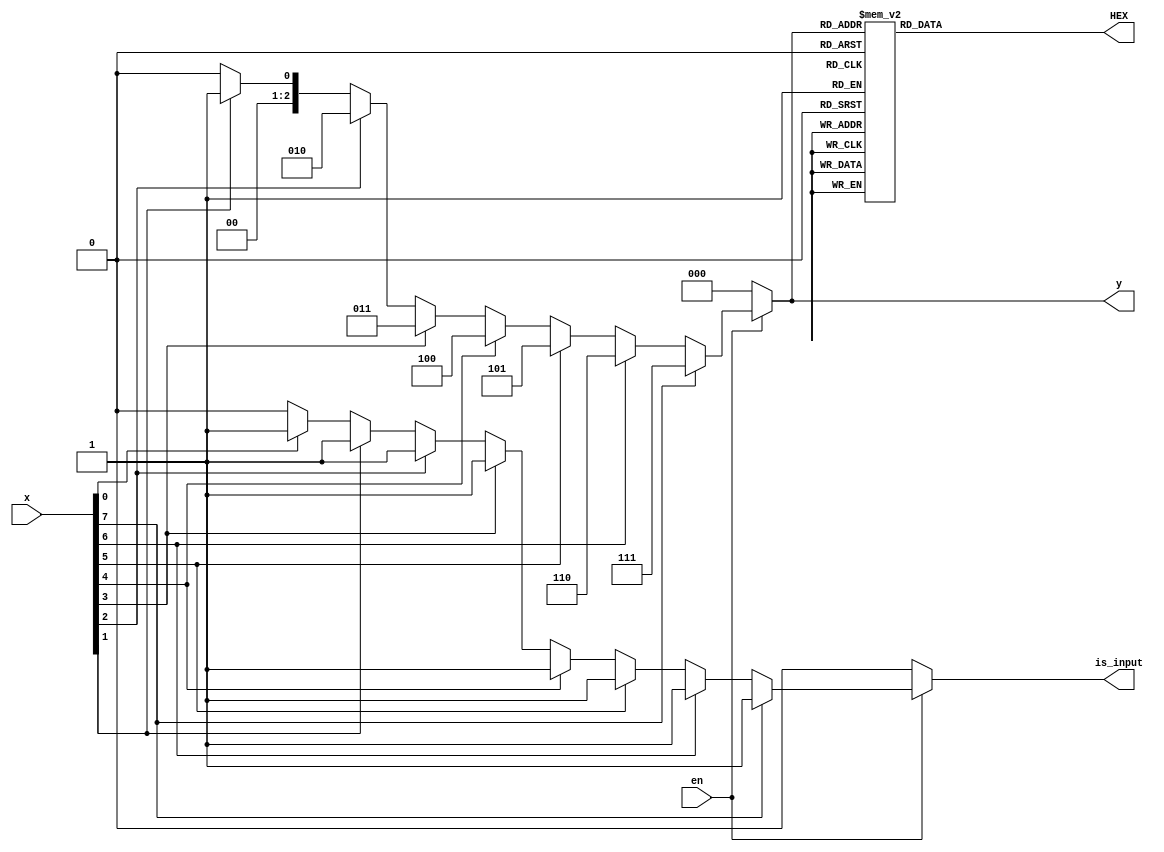
module encode83(x,en,y,is_input,HEX);
	input [7:0] x;
	input en;
	output reg [2:0] y;
	output reg is_input;
	output reg [6:0] HEX;
	integer i;
	always @(x or en) 
		begin
			if(en) 
				begin
					is_input=0;
					y=0;
					for(i=0;i<=7;i=i+1)
						if(x[i]==1) 
							begin 
								y=i;
								is_input=1;
							end
				end
			else
				begin
					y=0;
					is_input=0;
				end
			case (y)
				0: HEX=7'b1000000;
				1: HEX=7'b1111001;
				2: HEX=7'b0100100;
				3: HEX=7'b0110000;
				4: HEX=7'b0011001;
				5: HEX=7'b0010010;
				6: HEX=7'b0000010;
				7: HEX=7'b1111000;
				default: HEX=7'b1111111;
			endcase
		end
endmodule


//use casez
// case (x)
//		8'b1???????:y=7;
//		8'b01??????:y=6;
//		8'b001?????:y=5;	
//		8'b0001????:y=4;	
//		8'b00001???:y=3;	
//		8'b000001??:y=2;
//		8'b0000001?:y=1;
//		8'b00000001:y=0;
//		default:y=0;
// endcase